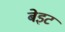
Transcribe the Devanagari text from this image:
बेइट